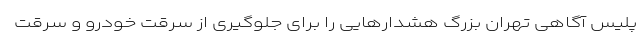
پلیس آگاهی تهران بزرگ هشدارهایی را برای جلوگیری از سرقت خودرو و سرقت